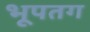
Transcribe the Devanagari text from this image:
भूपतग